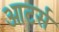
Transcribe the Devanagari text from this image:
आटर्स